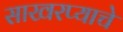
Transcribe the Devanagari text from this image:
साखरप्याचे